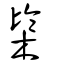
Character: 㯺